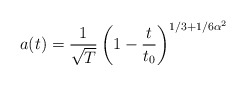
\begin{align*}a(t)=\frac{1}{\sqrt T}\left(1-\frac{t}{t_0}\right)^{1/3+1/6\alpha^2}\end{align*}